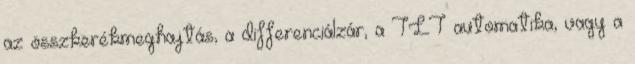
az összkerékmeghajtás, a differenciálzár, a TLT automatika, vagy a